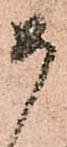
如